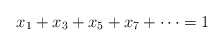
\begin{align*}x_1+x_3+x_5+x_7+\cdots =1\end{align*}